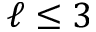
\ell \leq 3